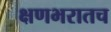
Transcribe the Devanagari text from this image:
क्षणभरातच